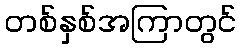
တစ်နှစ်အကြာတွင်